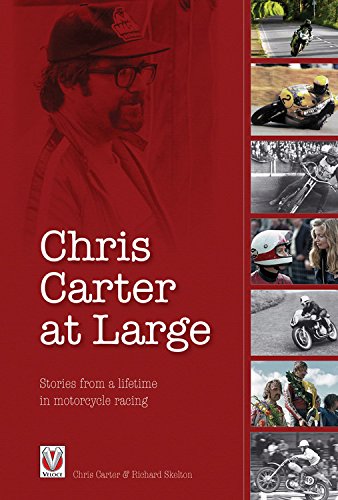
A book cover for Chris Carter at Large: Stories from a lifetime in motorcycle racing; Chris Carter; Sports & Outdoors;